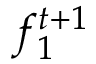
f _ { 1 } ^ { t + 1 }